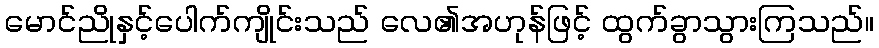
မောင်ညိုနှင့်ပေါက်ကျိုင်းသည် လေ၏အဟုန်ဖြင့် ထွက်ခွာသွားကြသည်။